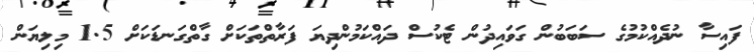
ފައިސާ ނުދެއްކުމުގެ ސަބަބުން ގަވައިދުން ޓެކުސް ދައްކަމުންދިޔަ ފަރާތްތަކަށް ގާތްގަނޑަކަށް 1.5 މިލިޔަން